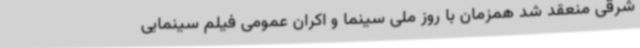
شرقی منعقد شد همزمان با روز ملی سینما و اکران عمومی فیلم سینمایی